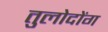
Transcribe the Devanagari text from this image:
तुलोदोंग